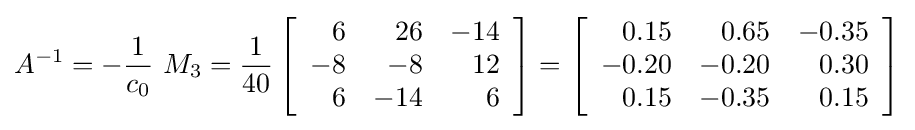
{\displaystyle A^{-1}=-{\frac {1}{c_{0}}}~M_{3}={\frac {1}{40}}\left[{\begin{array}{rrr}6&26&-14\\-8&-8&12\\6&-14&6\end{array}}\right]=\left[{\begin{array}{rrr}0{.}15&0{.}65&-0{.}35\\-0{.}20&-0{.}20&0{.}30\\0{.}15&-0{.}35&0{.}15\end{array}}\right]}